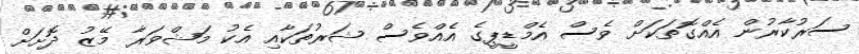
ސަރުކާރުން އެއްގޮތަކަށް ވެސް އެމްޑީޕީގެ އެއްވެސް ޝަރުތަކާއި އެކު މަޝްވަރާ މޭޒު ދޮށަށް